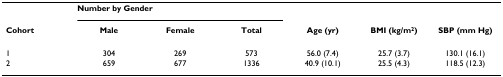
|  | <COLSPAN=3> Number by Gender |  |  |  |
 | Cohort | Male | Female | Total | Age (yr) | BMI (kg/m2) | SBP (mm Hg) |
 | --- | --- | --- | --- | --- | --- | --- |
 | 1 | 304 | 269 | 573 | 56.0 (7.4) | 25.7 (3.7) | 130.1 (16.1) |
 | 2 | 659 | 677 | 1336 | 40.9 (10.1) | 25.5 (4.3) | 118.5 (12.3) |